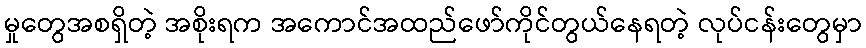
မှုတွေအစရှိတဲ့ အစိုးရက အကောင်အထည်ဖော်ကိုင်တွယ်နေရတဲ့ လုပ်ငန်းတွေမှာ